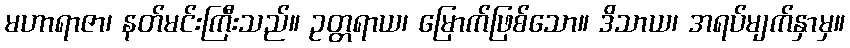
မဟာရာဇာ၊ နတ်မင်းကြီးသည်။ ဥတ္တရာယ၊ မြောက်ဖြစ်သော။ ဒိသာယ၊ အရပ်မျက်နှာမှ။